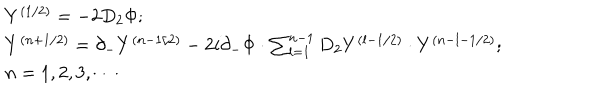
\begin{array} { l } { { Y ^ { ( 1 / 2 ) } = - 2 D _ { 2 } \Phi ; } } \\ { { Y ^ { ( n + 1 / 2 ) } = \partial _ { - } Y ^ { ( n - 1 / 2 ) } - 2 i \partial _ { - } \Phi \cdot \sum _ { l = 1 } ^ { n - 1 } D _ { 2 } Y ^ { ( l - 1 / 2 ) } \cdot Y ^ { ( n - l - 1 / 2 ) } ; } } \\ { { n = 1 , 2 , 3 , \cdots } } \\ \end{array}